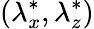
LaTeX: \left({\lambda}_{x}^{*},{\lambda}_{z}^{*}\right)